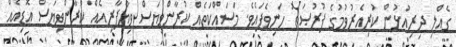
ގެއްލި ދިރިއުޅުން ކުރިއެރުވުމުގެ ފުރުޞަތު ހަނިވެފައެވެ. މަސައްކަތެއް ކުރާންވިޔަސް ވިޔާފާރިއެއް ކުރާންވިޔަސް އޮޑިއެއް